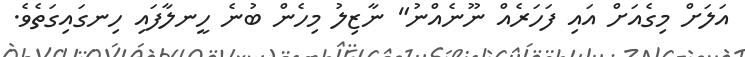
އަލަށް މިގެއަށް އައި ފަހަރެއް ނޫނެއްނު" ނާޒިލު މިހެން ބުނެ ހީނލާފައި ހިނގައިގަތެވެ.